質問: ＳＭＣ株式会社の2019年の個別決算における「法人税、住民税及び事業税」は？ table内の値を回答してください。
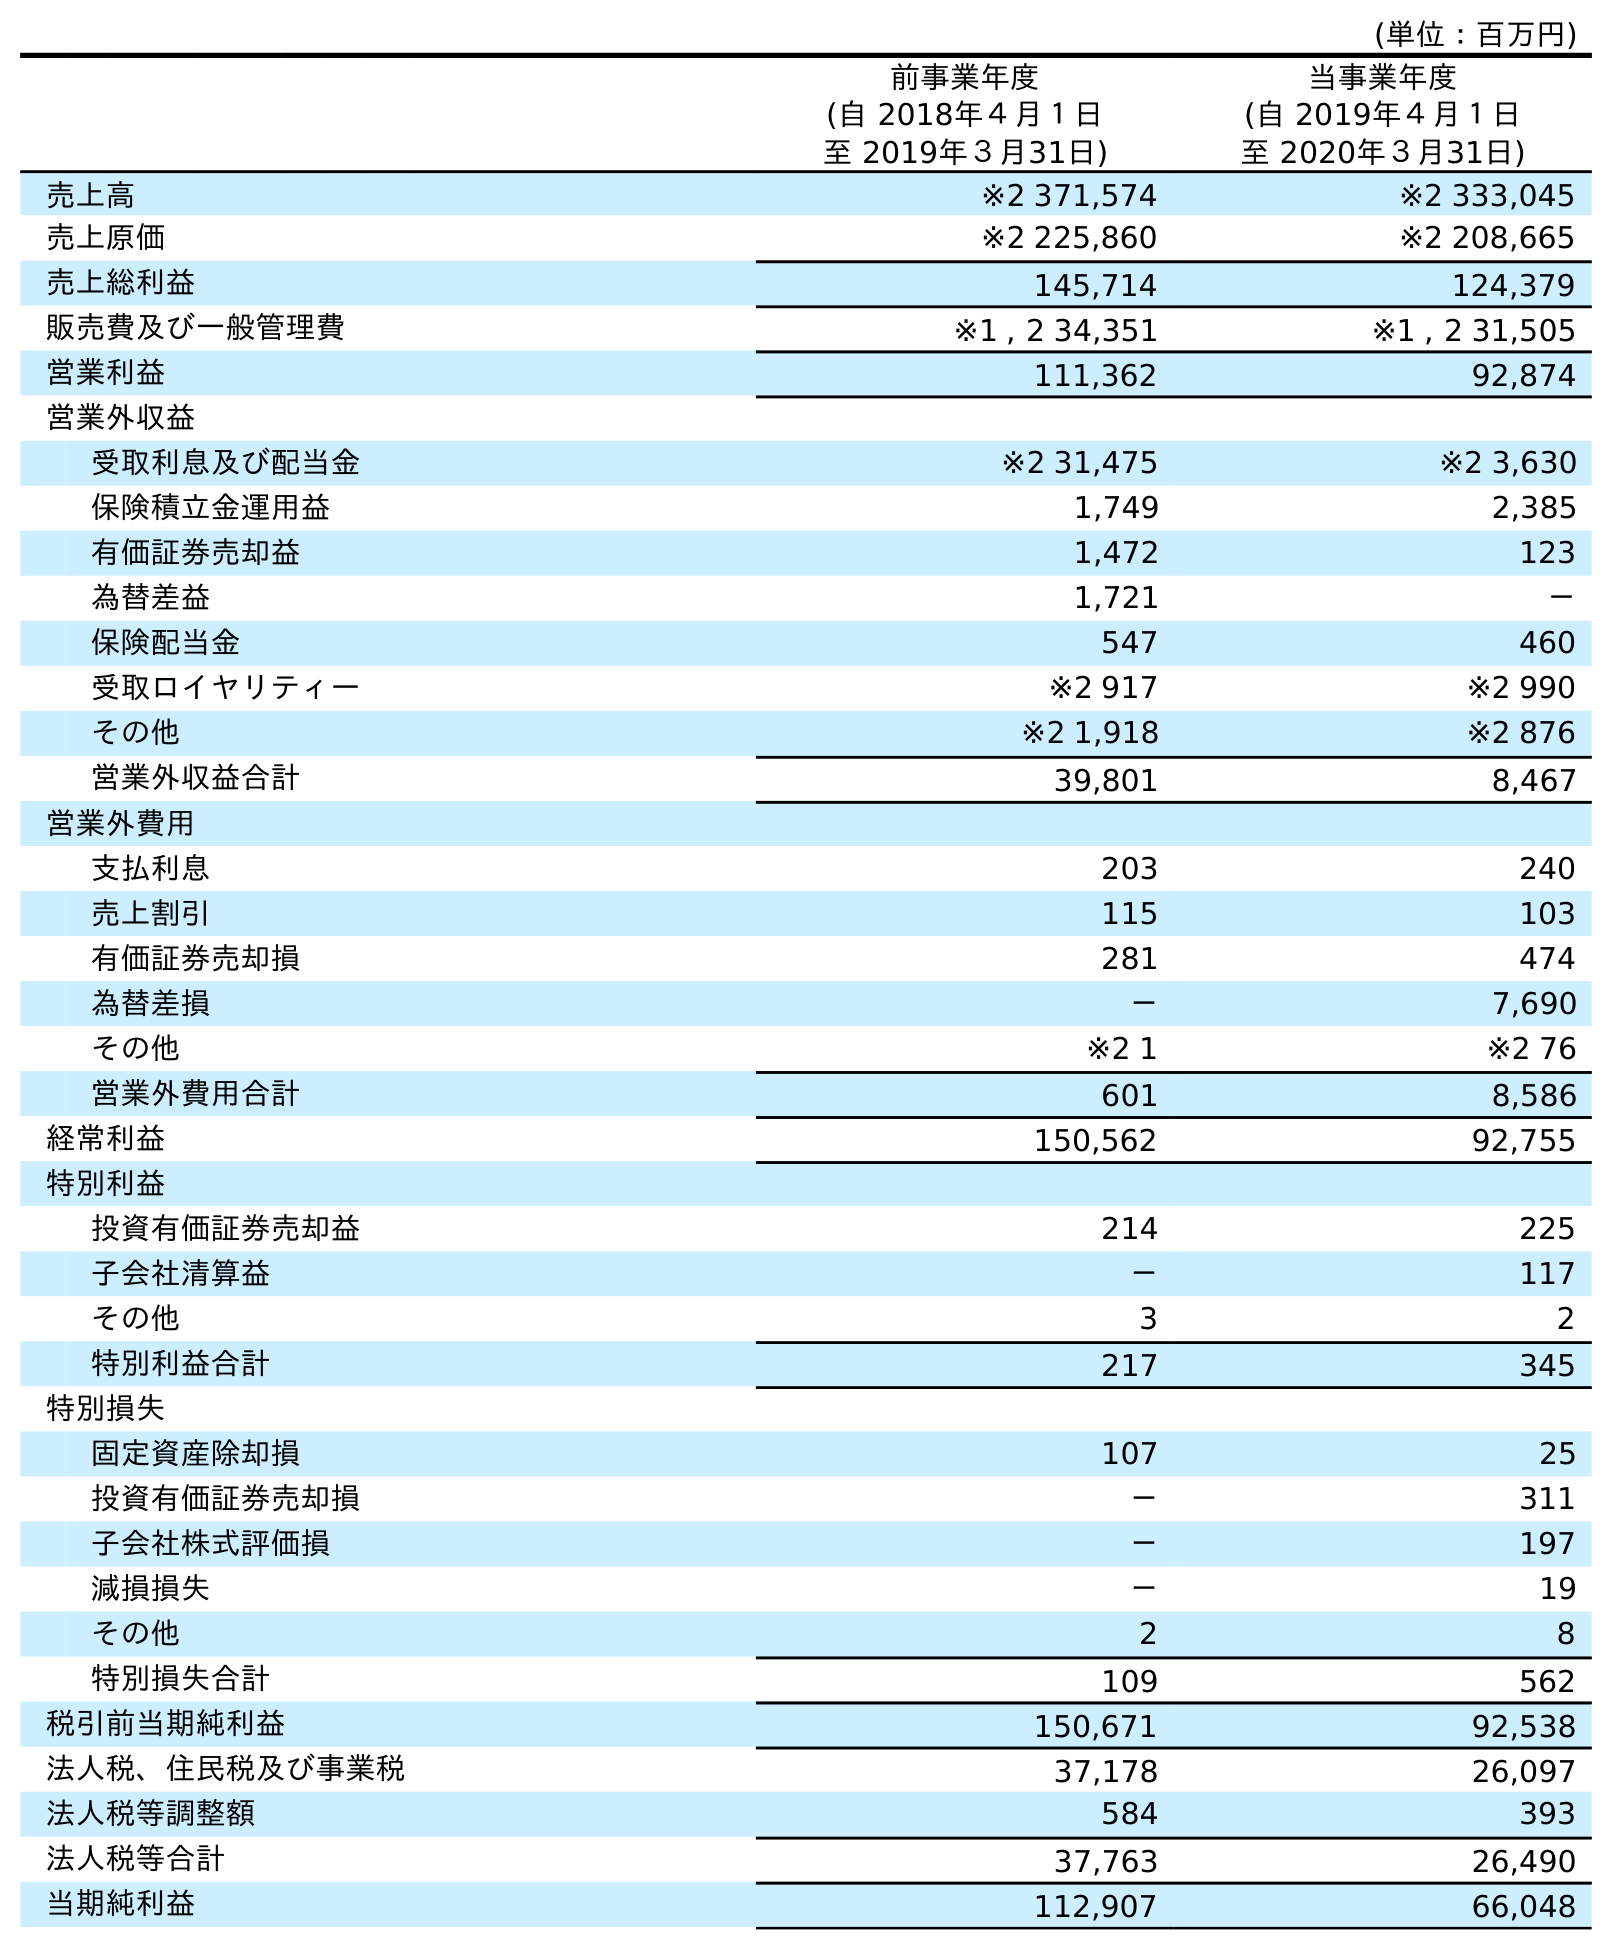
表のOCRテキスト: (単位：百万円) 前事業年度 (自 2018年４月１日 至 2019年３月31日) 当事業年度 (自 2019年４月１日 至 2020年３月31日) 売上高 ※2 371,574 ※2 333,045 売上原価 ※2 225,860 ※2 208,665 売上総利益 145,714 124,379 販売費及び一般管理費 ※1 , 2 34,351 ※1 , 2 31,505 営業利益 111,362 92,874 営業外収益 受取利息及び配当金 ※2 31,475 ※2 3,630 保険積立金運用益 1,749 2,385 有価証券売却益 1,472 123 為替差益 1,721 － 保険配当金 547 460 受取ロイヤリティー ※2 917 ※2 990 その他 ※2 1,918 ※2 876 営業外収益合計 39,801 8,467 営業外費用 支払利息 203 240 売上割引 115 103 有価証券売却損 281 474 為替差損 － 7,690 その他 ※2 1 ※2 76 営業外費用合計 601 8,586 経常利益 150,562 92,755 特別利益 投資有価証券売却益 214 225 子会社清算益 － 117 その他 3 2 特別利益合計 217 345 特別損失 固定資産除却損 107 25 投資有価証券売却損 － 311 子会社株式評価損 － 197 減損損失 － 19 その他 2 8 特別損失合計 109 562 税引前当期純利益 150,671 92,538 法人税、住民税及び事業税 37,178 26,097 法人税等調整額 584 393 法人税等合計 37,763 26,490 当期純利益 112,907 66,048
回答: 37,178